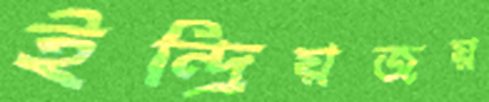
ইন্দ্রিয়জয়